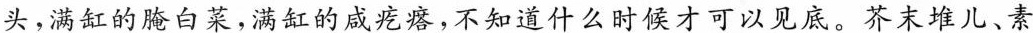
，满缸的腌白菜，满缸的咸疙瘩，不知道什么时候才可以见底。芥末堆儿、素